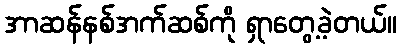
အာဆန်နစ်အက်ဆစ်ကို ရှာတွေ့ခဲ့တယ်။